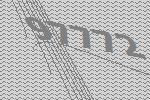
97772